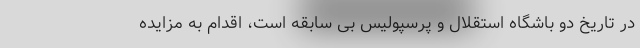
در تاریخ دو باشگاه استقلال و پرسپولیس بی سابقه است، اقدام به مزایده